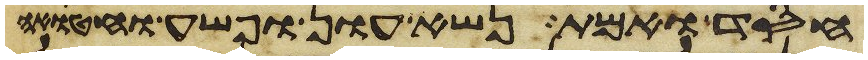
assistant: חסד ואמת נשא עון ופשע וחטאה